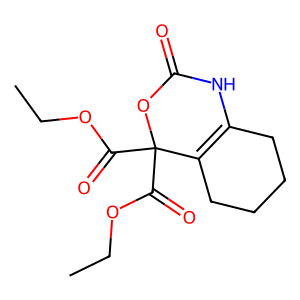
SMILES: CCOC(=O)C1(C(=O)OCC)OC(=O)NC2=C1CCCC2
Inhibits HIV replication: No